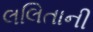
લલિતાની